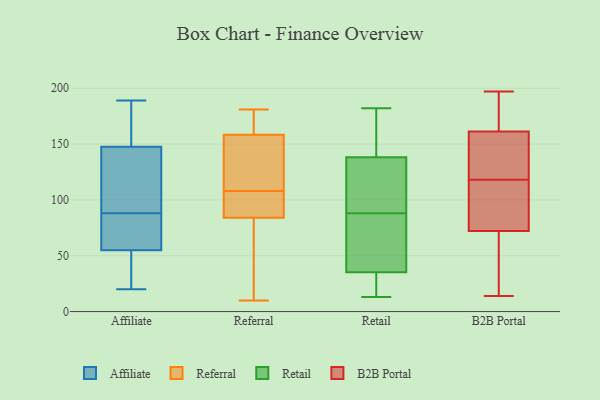
{"axis": {"x": "Churn Rate (%)", "y": "Value"}, "legend": ["Affiliate", "B2B Portal", "Referral", "Retail"], "data": [{"x": "", "y": 47, "type": "Affiliate"}, {"x": "", "y": 62, "type": "Affiliate"}, {"x": "", "y": 20, "type": "Affiliate"}, {"x": "", "y": 63, "type": "Affiliate"}, {"x": "", "y": 154, "type": "Affiliate"}, {"x": "", "y": 20, "type": "Affiliate"}, {"x": "", "y": 115, "type": "Affiliate"}, {"x": "", "y": 189, "type": "Affiliate"}, {"x": "", "y": 65, "type": "Affiliate"}, {"x": "", "y": 141, "type": "Affiliate"}, {"x": "", "y": 133, "type": "Affiliate"}, {"x": "", "y": 99, "type": "Affiliate"}, {"x": "", "y": 170, "type": "Affiliate"}, {"x": "", "y": 77, "type": "Affiliate"}, {"x": "", "y": 180, "type": "Affiliate"}, {"x": "", "y": 48, "type": "Affiliate"}, {"x": "", "y": 141, "type": "Referral"}, {"x": "", "y": 11, "type": "Referral"}, {"x": "", "y": 87, "type": "Referral"}, {"x": "", "y": 108, "type": "Referral"}, {"x": "", "y": 164, "type": "Referral"}, {"x": "", "y": 181, "type": "Referral"}, {"x": "", "y": 83, "type": "Referral"}, {"x": "", "y": 79, "type": "Referral"}, {"x": "", "y": 97, "type": "Referral"}, {"x": "", "y": 124, "type": "Referral"}, {"x": "", "y": 132, "type": "Referral"}, {"x": "", "y": 100, "type": "Referral"}, {"x": "", "y": 10, "type": "Referral"}, {"x": "", "y": 172, "type": "Referral"}, {"x": "", "y": 176, "type": "Referral"}, {"x": "", "y": 129, "type": "Retail"}, {"x": "", "y": 39, "type": "Retail"}, {"x": "", "y": 88, "type": "Retail"}, {"x": "", "y": 178, "type": "Retail"}, {"x": "", "y": 24, "type": "Retail"}, {"x": "", "y": 53, "type": "Retail"}, {"x": "", "y": 182, "type": "Retail"}, {"x": "", "y": 13, "type": "Retail"}, {"x": "", "y": 166, "type": "Retail"}, {"x": "", "y": 19, "type": "Retail"}, {"x": "", "y": 127, "type": "Retail"}, {"x": "", "y": 102, "type": "Retail"}, {"x": "", "y": 75, "type": "Retail"}, {"x": "", "y": 197, "type": "B2B Portal"}, {"x": "", "y": 23, "type": "B2B Portal"}, {"x": "", "y": 97, "type": "B2B Portal"}, {"x": "", "y": 69, "type": "B2B Portal"}, {"x": "", "y": 159, "type": "B2B Portal"}, {"x": "", "y": 184, "type": "B2B Portal"}, {"x": "", "y": 72, "type": "B2B Portal"}, {"x": "", "y": 196, "type": "B2B Portal"}, {"x": "", "y": 113, "type": "B2B Portal"}, {"x": "", "y": 162, "type": "B2B Portal"}, {"x": "", "y": 146, "type": "B2B Portal"}, {"x": "", "y": 176, "type": "B2B Portal"}, {"x": "", "y": 73, "type": "B2B Portal"}, {"x": "", "y": 118, "type": "B2B Portal"}, {"x": "", "y": 123, "type": "B2B Portal"}, {"x": "", "y": 92, "type": "B2B Portal"}, {"x": "", "y": 126, "type": "B2B Portal"}, {"x": "", "y": 20, "type": "B2B Portal"}, {"x": "", "y": 14, "type": "B2B Portal"}]}